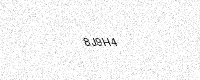
Text: 8J9H4